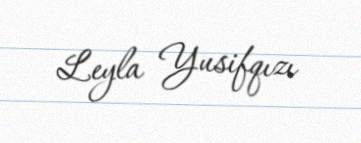
Leyla Yusifqızı